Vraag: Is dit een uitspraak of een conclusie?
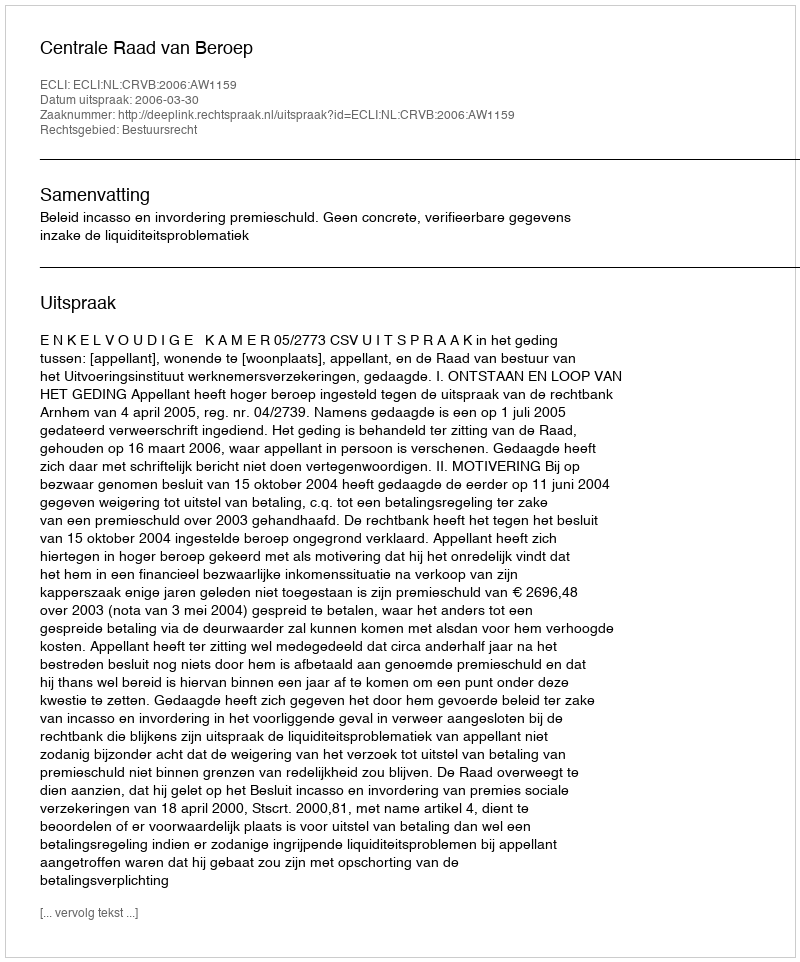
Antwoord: Uitspraak